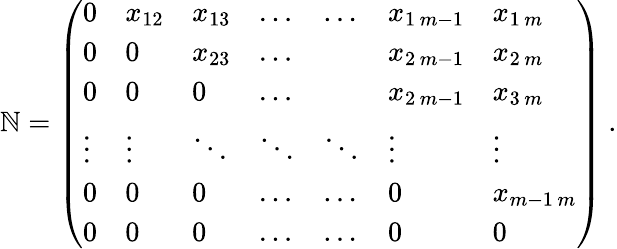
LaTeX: \mathbb{N}=\left(\begin{array}{lllllll}{0}&{x_{12}}&{x_{13}}&{\ldots}&{\ldots}&{x_{1\, m-1}}&{x_{1\, m}}\\ {0}&{0}&{x_{23}}&{\ldots}&&{x_{2\, m-1}}&{x_{2\, m}}\\ {0}&{0}&{0}&{\ldots}&&{x_{2\, m-1}}&{x_{3\, m}}\\ {\vdots}&{\vdots}&{\ddots}&{\ddots}&{\ddots}&{\vdots}&{\vdots}\\ {0}&{0}&{0}&{\ldots}&{\ldots}&{0}&{x_{m-1\, m}}\\ {0}&{0}&{0}&{\ldots}&{\ldots}&{0}&{0}\end{array}\right)\ .